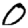
Digit: 0